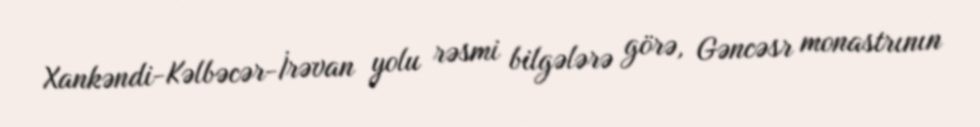
Xankəndi-Kəlbəcər-İrəvan yolu rəsmi bilgələrə görə, Gəncəsr monastrının